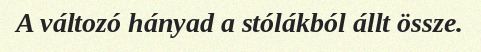
A változó hányad a stólákból állt össze.